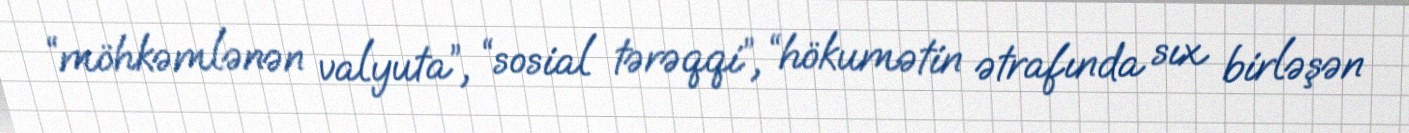
“möhkəmlənən valyuta”, “sosial tərəqqi”, “hökumətin ətrafında sıx birləşən